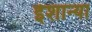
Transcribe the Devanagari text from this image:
ईशान्या